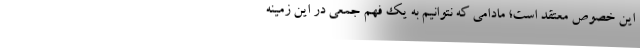
اين خصوص معتقد است؛ مادامي كه نتوانيم به يك فهم جمعي در اين زمينه